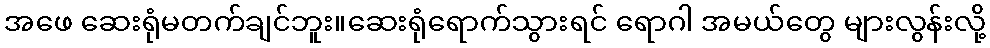
အဖေ ဆေးရုံမတက်ချင်ဘူး။ဆေးရုံရောက်သွားရင် ရောဂါ အမယ်တွေ များလွန်းလို့